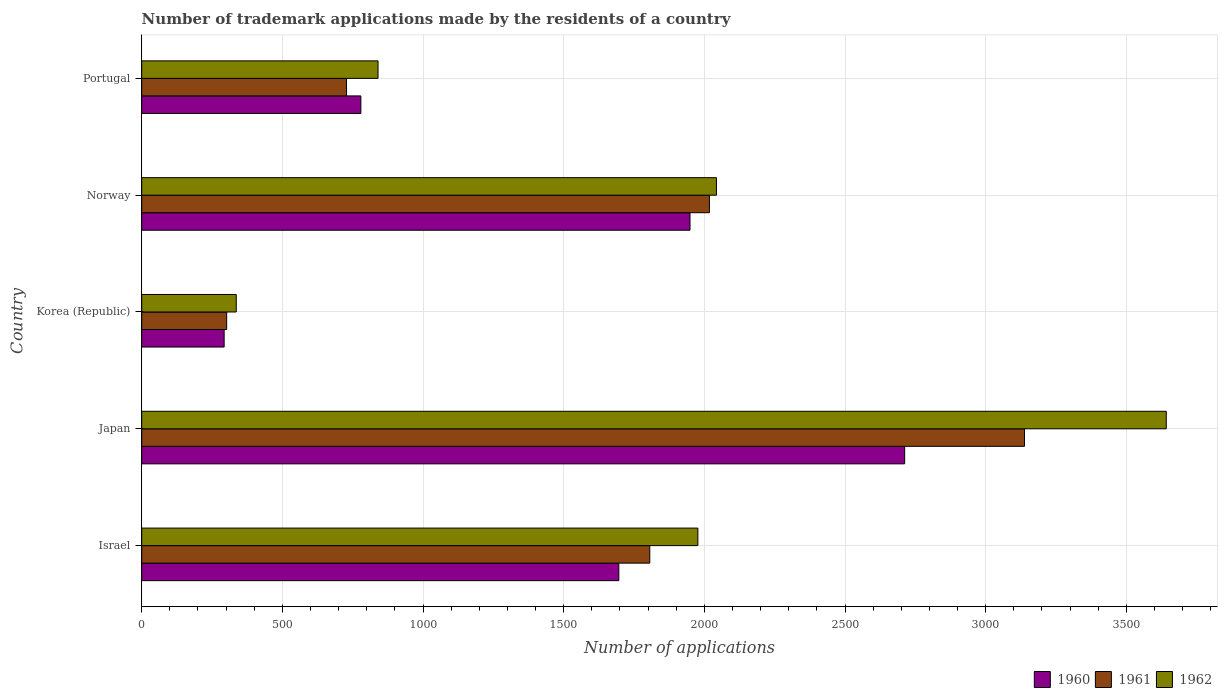
| Country | 1960 | 1961 | 1962 |
 | --- | --- | --- | --- |
 | Israel | 1.7e+03 | 1.81e+03 | 1.98e+03 |
 | Japan | 2.71e+03 | 3.14e+03 | 3.64e+03 |
 | Korea (Republic) | 293 | 302 | 336 |
 | Norway | 1.95e+03 | 2.02e+03 | 2.04e+03 |
 | Portugal | 779 | 728 | 840 |